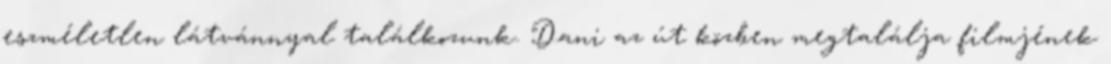
eszméletlen látvánnyal találkozunk. Dani az út közben megtalálja filmjének